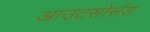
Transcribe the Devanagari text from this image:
आउटसोर्सड